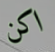
اكن